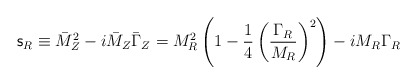
\begin{align*}{\mathsf{s}}_R\equiv\bar{M}_Z^2-i\bar{M}_Z\bar{\Gamma}_Z=M_R^2\left(1-\frac{1}{4}\left(\frac{\Gamma_R}{M_R}\right)^2\right)-iM_R\Gamma_R\end{align*}